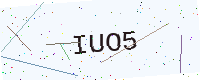
Text: IUO5